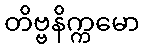
တိဗ္ဗနိက္ကမော